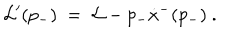
{ \cal L } ^ { \prime } ( p _ { - } ) \ = \ { \cal L } - p _ { - } \dot { x } ^ { - } ( p _ { - } ) \ .